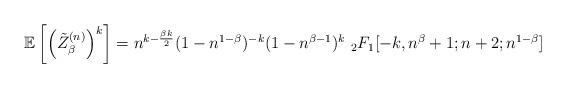
LaTeX: \begin{align*}\mathbb{E}\left[\left(\tilde{Z}_\beta^{(n)}\right)^k\right] = n^{k-\frac{\beta k}{2}} (1-n^{1-\beta})^{-k} (1-n^{\beta-1})^k \ _2F_1[-k,n^{\beta}+1;n+2;n^{1-\beta}] \end{align*}